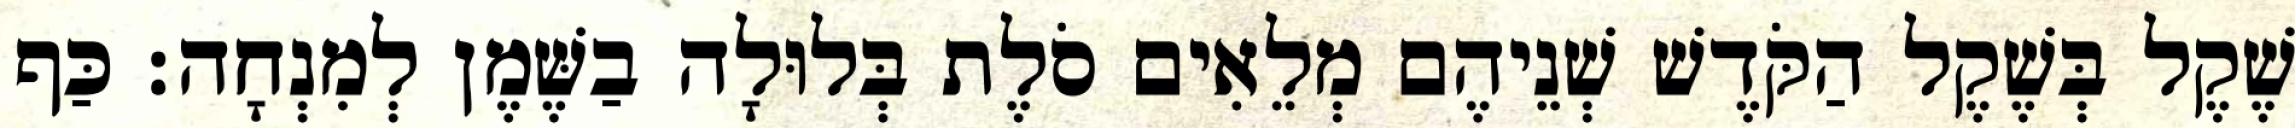
שֶׁקֶל בְּשֶׁקֶל הַקֹּדֶשׁ שְׁנֵיהֶם מְלֵאִים סֹלֶת בְּלוּלָה בַשֶּׁמֶן לְמִנְחָה׃ כַּף